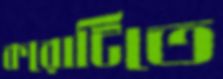
করোটিতে